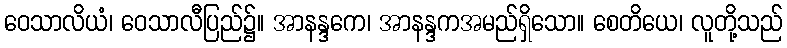
ဝေသာလိယံ၊ ဝေသာလီပြည်၌။ အာနန္ဒကေ၊ အာနန္ဒကအမည်ရှိသော။ စေတိယေ၊ လူတို့သည်